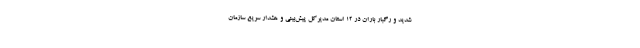
شدید و رگبار باران در ۱۲ استان مدیرکل پیش‌بینی و هشدار سریع سازمان